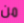
من